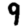
Digit: 9